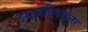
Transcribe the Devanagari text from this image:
डाइवर्टिक्युलर